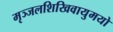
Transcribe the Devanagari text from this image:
मृञ्जलशिखिवायुमयो